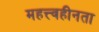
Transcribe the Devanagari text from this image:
महत्त्वहीनता